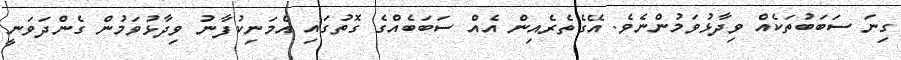
ގިނަ ސަބަބުތަކެއް ވިދާޅުވަމުންނެވެ. އޭގެތެރެއިން އެއް ސަބަބެއްގެ ގޮތުގައި އެމަނިކުފާނު ވިދާޅުވަމުން ގެންދަވަނީ